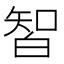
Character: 𰤛